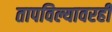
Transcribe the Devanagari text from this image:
तापविल्यावरही